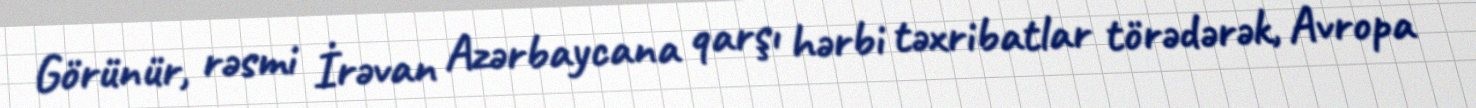
Görünür, rəsmi İrəvan Azərbaycana qarşı hərbi təxribatlar törədərək, Avropa